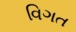
વિગત